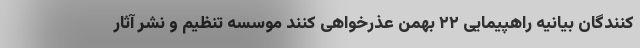
كنندگان بيانيه راهپيمايى ٢٢ بهمن عذرخواهی کنند موسسه تنظیم و نشر آثار